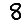
Digit: 8